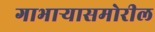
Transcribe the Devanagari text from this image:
गाभाऱ्यासमोरील